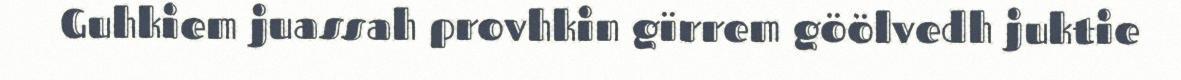
Guhkiem juassah provhkin gïrrem göölvedh juktie